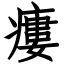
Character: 瘻